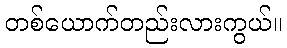
တစ်ယောက်တည်းလားကွယ်။